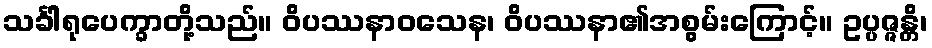
သင်္ခါရုပေက္ခာတို့သည်။ ဝိပဿနာဝသေန၊ ဝိပဿနာ၏အစွမ်းကြောင့်။ ဥပ္ပဇ္ဇန္တိ၊